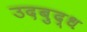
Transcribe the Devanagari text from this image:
उदबुद्ध